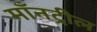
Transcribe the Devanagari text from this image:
माँनट्रील